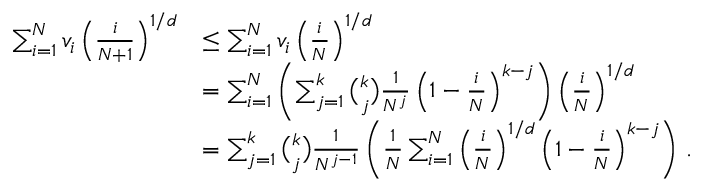
\begin{array} { r l } { \sum _ { i = 1 } ^ { N } v _ { i } \left( \frac { i } { N + 1 } \right) ^ { 1 / d } } & { \leq \sum _ { i = 1 } ^ { N } v _ { i } \left( \frac { i } { N } \right) ^ { 1 / d } } \\ & { = \sum _ { i = 1 } ^ { N } \left( \sum _ { j = 1 } ^ { k } { \binom { k } { j } } \frac { 1 } { N ^ { j } } \left( 1 - \frac { i } { N } \right) ^ { k - j } \right) \left( \frac { i } { N } \right) ^ { 1 / d } } \\ & { = \sum _ { j = 1 } ^ { k } { \binom { k } { j } } \frac { 1 } { N ^ { j - 1 } } \left( \frac { 1 } { N } \sum _ { i = 1 } ^ { N } \left( \frac { i } { N } \right) ^ { 1 / d } \left( 1 - \frac { i } { N } \right) ^ { k - j } \right) \, . } \end{array}